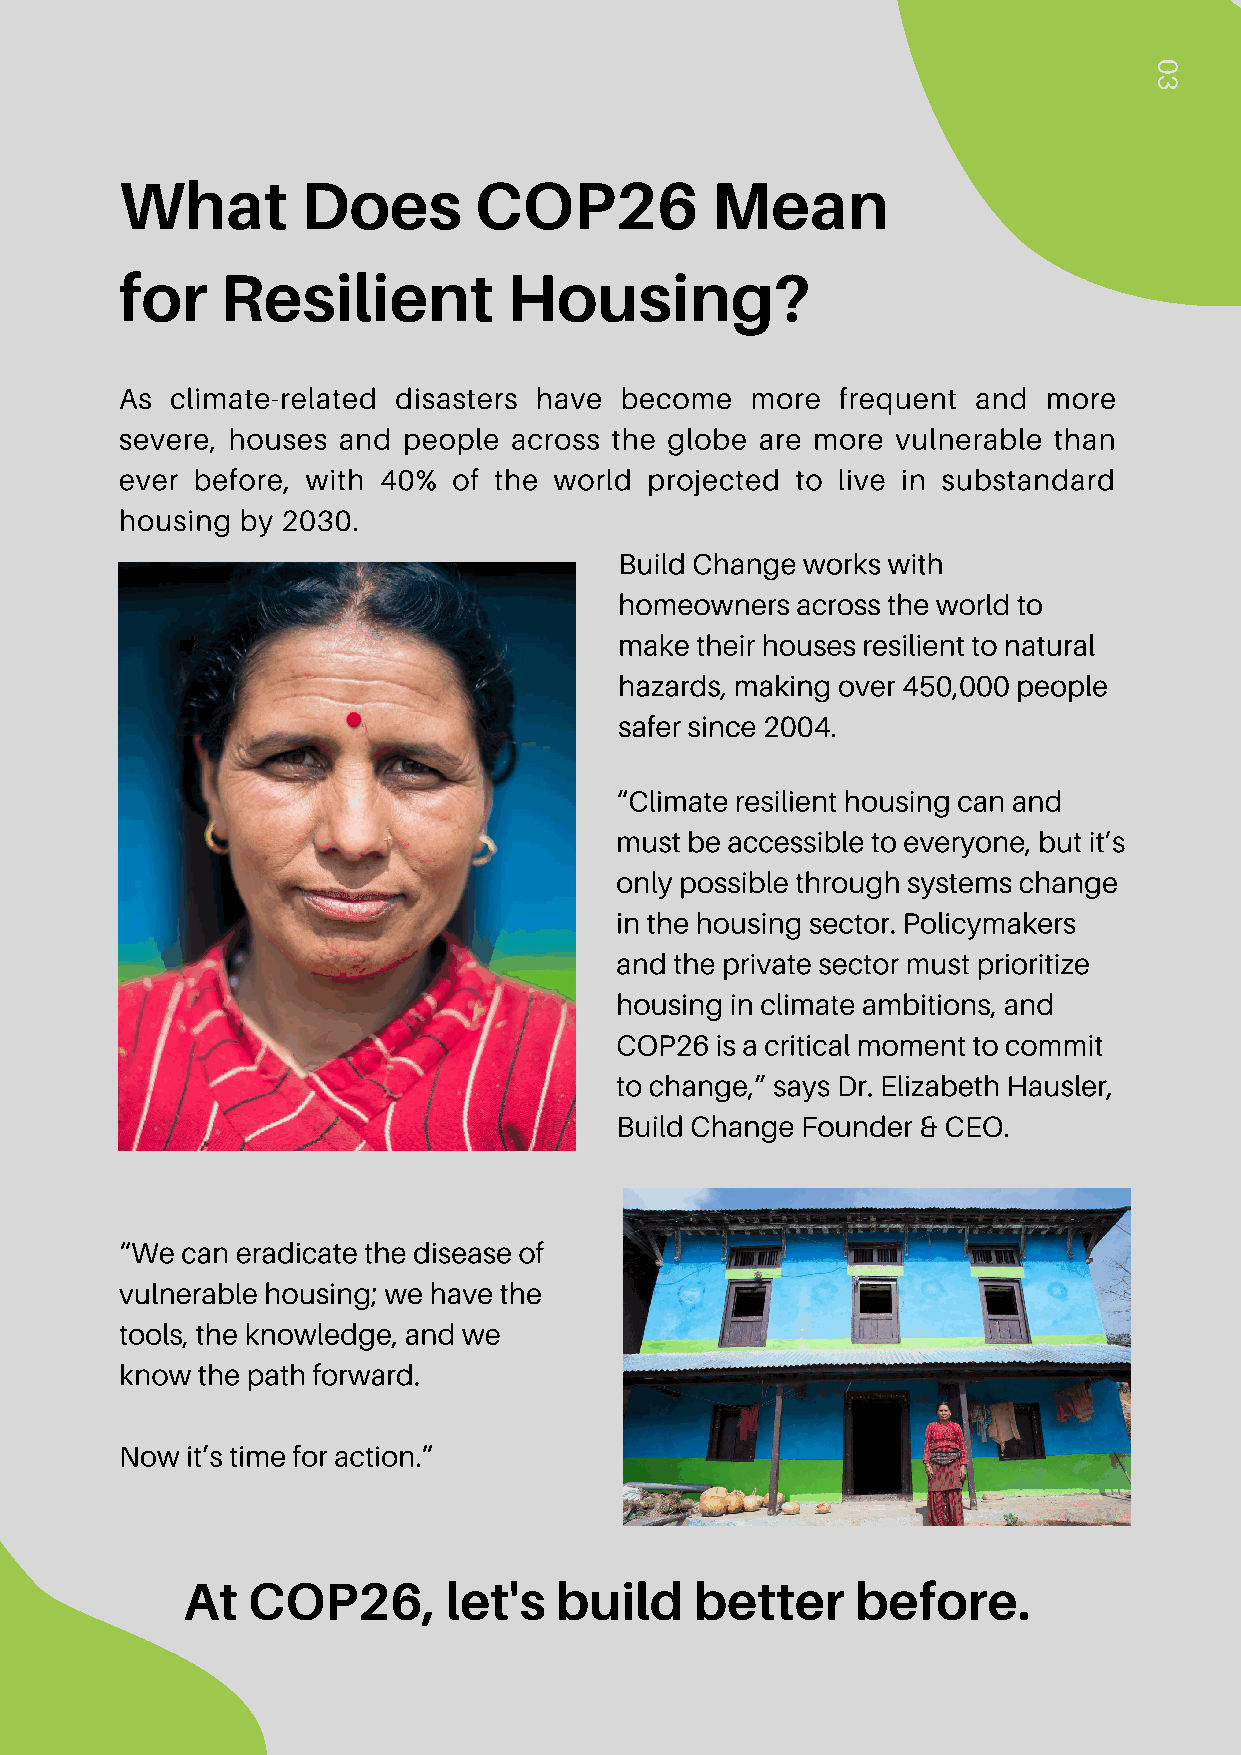
0
 3
 What        Does       COP26           Mean
 for    Resilient          Housing?
 As climate-related disasters have become  more  frequent and more
 severe, houses and people across the globe are more vulnerable than
 ever before, with 40% of the world projected to live in substandard
 housing by 2030.
 Build Change works with
 homeowners  across the world to
 make their houses resilient to natural
 hazards, making over 450,000 people
 safer since 2004.
 “Climate resilient housing can and
 must be accessible to everyone, but it’s
 only possible through systems change
 in the housing sector. Policymakers
 and the private sector must prioritize
 housing in climate ambitions, and
 COP26 is a critical moment to commit
 to change,” says Dr. Elizabeth Hausler,
 Build Change Founder & CEO.
 “We can eradicate the disease of
 vulnerable housing; we have the
 tools, the knowledge, and we
 know the path forward.
 Now it’s time for action.”
 At  COP26,       let's   build    better     before.